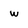
Character: w